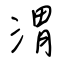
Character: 渭